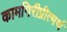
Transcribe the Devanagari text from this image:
कामगिरीप्रीत्यर्थ